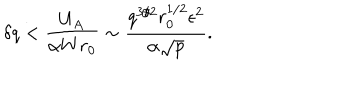
LaTeX: \delta q < { \frac { U _ { A } } { \alpha W r _ { 0 } } } \sim { \frac { q ^ { 3 / 2 } r _ { 0 } ^ { 1 / 2 } \epsilon ^ { 2 } } { \alpha \sqrt { p } } } .